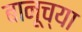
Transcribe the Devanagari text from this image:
बानूच्या